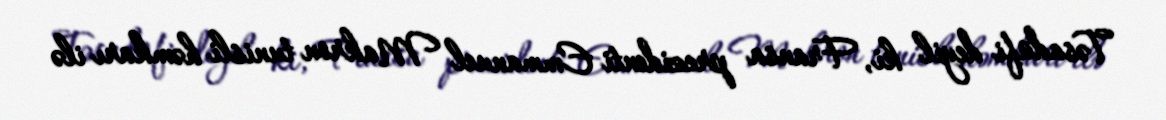
Təsadüfi deyil ki, Fransa prezidenti Emmanuel Makron tunisli həmkarı ilə